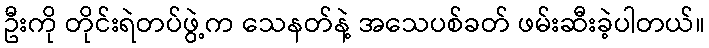
ဦးကို တိုင်းရဲတပ်ဖွဲ့က သေနတ်နဲ့ အသေပစ်ခတ် ဖမ်းဆီးခဲ့ပါတယ်။